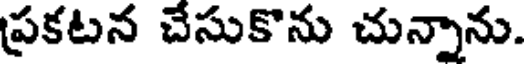
ప్రకటన చేసుకొను చున్నాను.